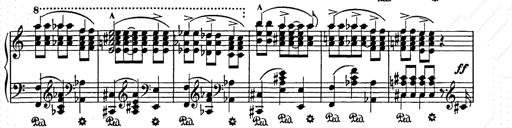
Title: Elegy No.1
Composer: Franz Liszt
Key: A-flat major